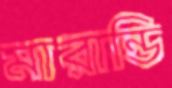
মারান্ডি